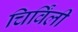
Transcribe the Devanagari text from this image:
चिर्विंली